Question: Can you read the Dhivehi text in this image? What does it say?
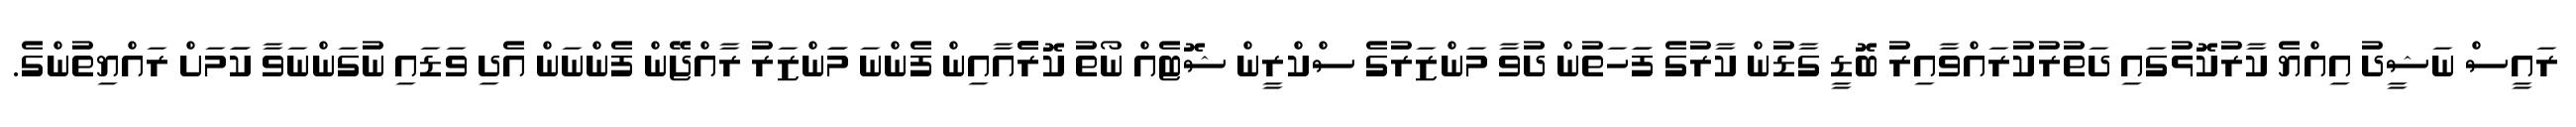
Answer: ރައީސް ނަޝީދު އިއްޔެ ކާރުކޮޅުގައި ދަތުރުކުރައްވާއިރު ބޮޑީ ގާޑުން ކާރުގެ ފަަހަތުން ދުވާ މަންޒަރުގެ ސްކްރީން ޝޮޓެއް ނޯތު ކޮރެެއާއިން ފެންނަ މަަންޒަރު ރާއްޖޭން ފެންނަން އެދި ވަޑައި ނުގަންނަވާ ކަަމަށް ރައްޔިތުންގެ.